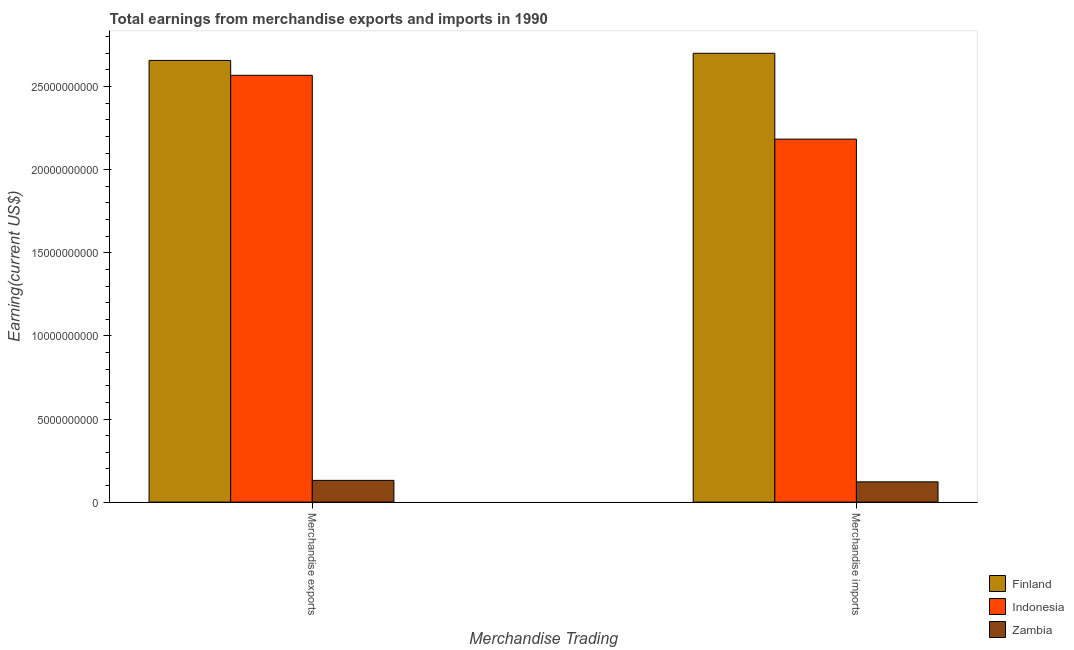
| Merchandise Trading | Finland | Indonesia | Zambia |
 | --- | --- | --- | --- |
 | Merchandise exports | 2.66e+10 | 2.57e+10 | 1.31e+09 |
 | Merchandise imports | 2.7e+10 | 2.18e+10 | 1.22e+09 |